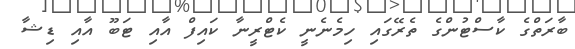
ބާރަތްގެ ކާސްޓުންގެ ތެރޭގައި ހިމެނެނީ ކެޓްރީނާ ކައިފް އާއި ޓަބޫ އާއި ޑިޝާ